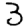
Digit: 3